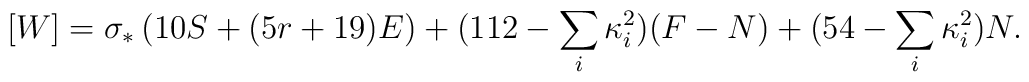
[W]=\sigma_*\left(10S + (5r + 19)E\right) +(112 - \sum_i\kappa_i^2)(F-N) +(54 -\sum_i\kappa_i^2)N.